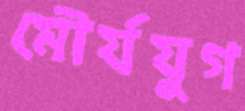
মৌর্যযুগ